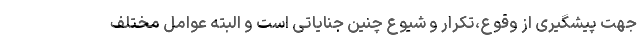
جهت پیشگیری از وقوع،تکرار و شیوع چنین جنایاتی است و البته عوامل مختلف